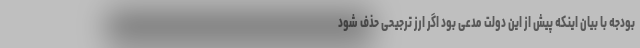
بودجه با بیان اینکه پیش از این دولت مدعی بود اگر ارز ترجیحی حذف شود